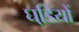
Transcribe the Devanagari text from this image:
घडि़यों